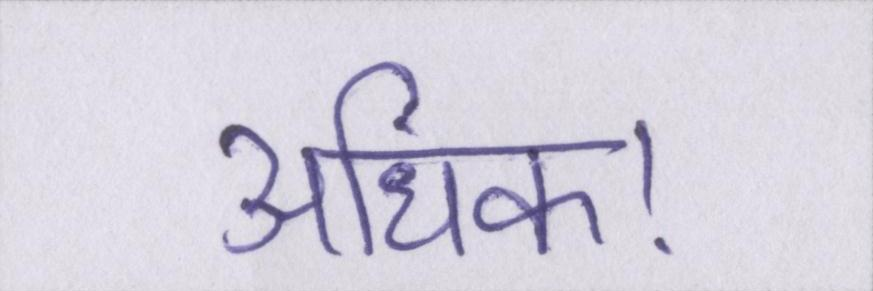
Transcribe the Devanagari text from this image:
अधिक।